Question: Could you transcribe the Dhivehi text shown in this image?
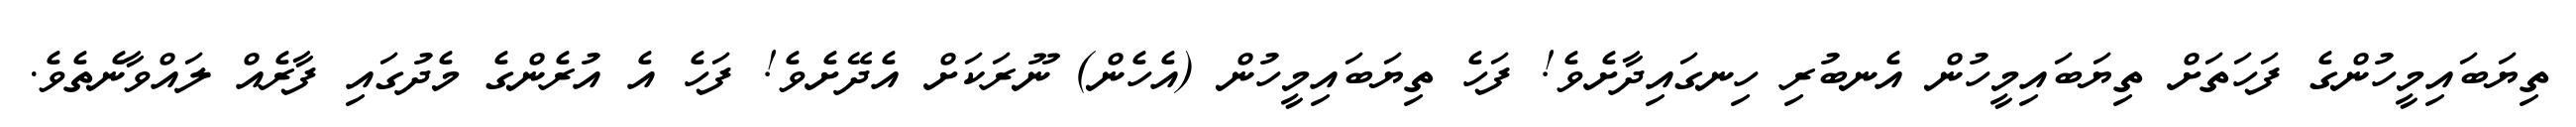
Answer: ތިޔަބައިމީހުންގެ ފަހަތަށް ތިޔަބައިމީހުން އެނބުރި ހިނގައިދާށެވެ! ފަހެ ތިޔަބައިމީހުން (އެހެން) ނޫރަކަށް އެދޭށެވެ! ފަހެ އެ އުރެންގެ މެދުގައި ފާރެއް ލައްވާނެތެވެ.